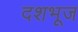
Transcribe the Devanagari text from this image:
दशभूज